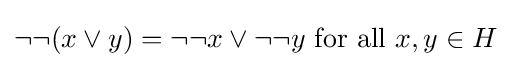
\lnot \lnot (x\vee y)=\lnot \lnot x\vee \lnot \lnot y{\mbox{ for all }}x,y\in H